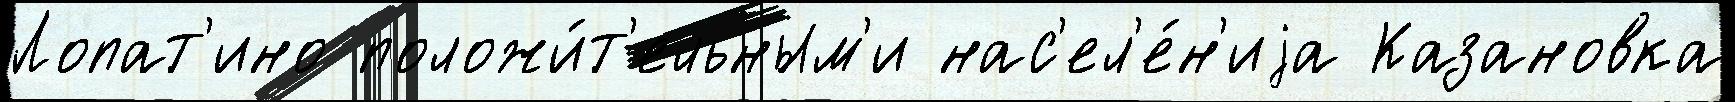
Лопат'ино положи́т'ельным'и нас'ел'е́н'иjа Казановка